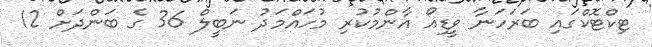
ޓިކްޓޮކްގައި ބަރަހަނާ ވީޑިއޯ އާންމުކުރި މުހައްމަދު ނަބީލް 36 ގެ ބަންދަށް 12